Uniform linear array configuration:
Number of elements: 32
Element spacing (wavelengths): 0.25
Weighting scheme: cosine
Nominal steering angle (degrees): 60
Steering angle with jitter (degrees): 59.367
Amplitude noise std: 0.05
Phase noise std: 0.05

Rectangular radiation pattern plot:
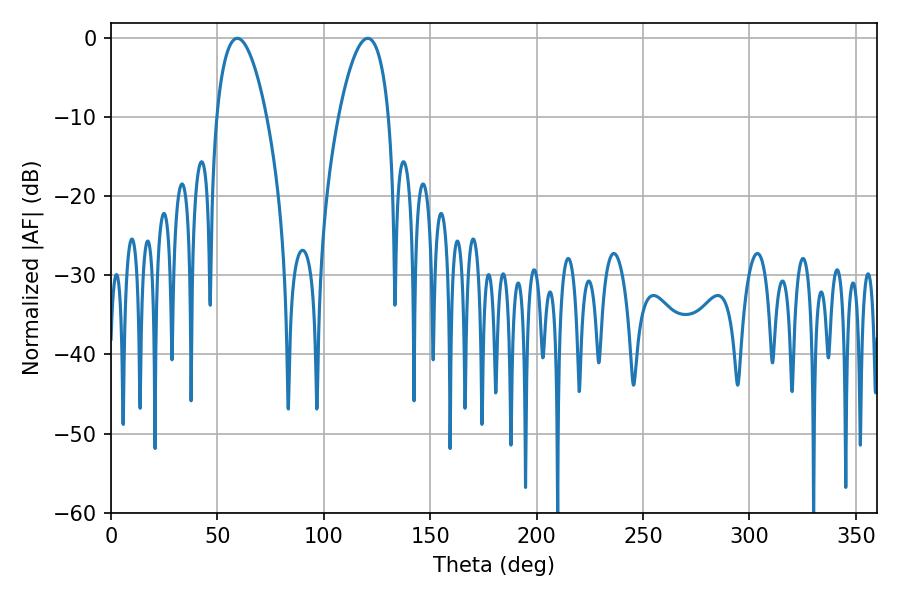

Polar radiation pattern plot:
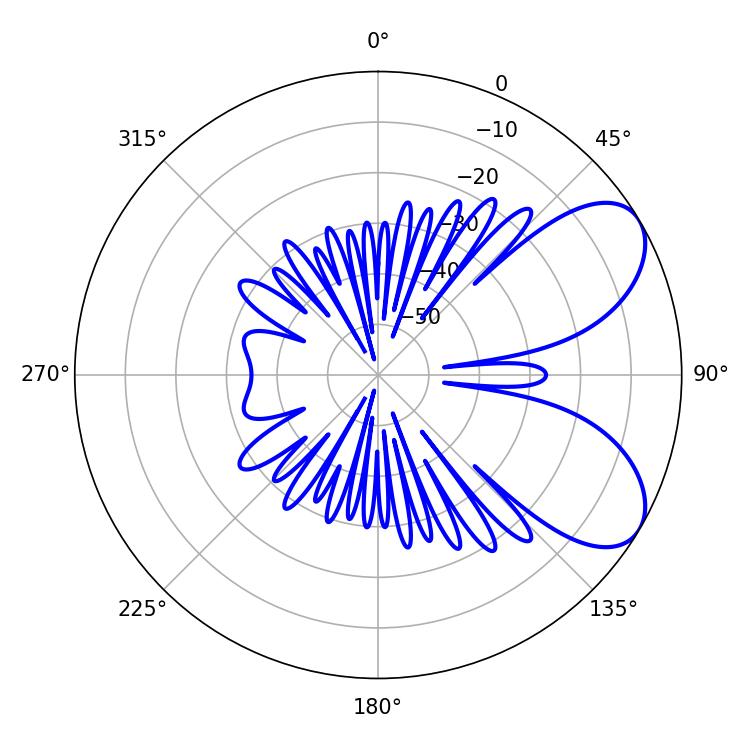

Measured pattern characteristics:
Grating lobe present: FALSE
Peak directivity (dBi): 6.724
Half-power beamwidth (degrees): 13.14
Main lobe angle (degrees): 59.4